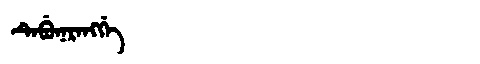
Manchu: ᡨᡝᠪᡠᠨᡝᡵᡝᠩᡤᡝ
Romanization: TEBUNERENGGE